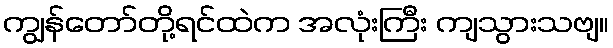
ကျွန်တော်တို့ရင်ထဲက အလုံးကြီး ကျသွားသဗျ။